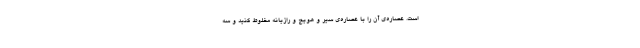
است. عصاره‌ی آن را با عصاره‌ی سیر و هویج و رازیانه مخلوط کنید و سه